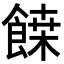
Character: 𩝀